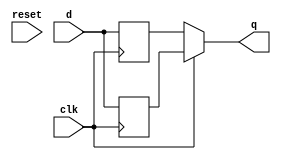
// This program was cloned from: https://github.com/Suni123456789/100DaysRTL
// License: Apache License 2.0

`timescale 1ns / 1ps

module dual_edge_trig_ff(
    input clk, reset, d,
    output q
    );
    reg q1, q2;
    
    assign q = clk ? q1 : q2;
    
    always@ (posedge clk)
        begin
            if(reset) q1<= 1'b0;
            q1 <= d;
        end
    
    always@ (negedge clk)
        begin
            if(reset) q2<= 1'b0;
            q2 <= d; 
        end

endmodule